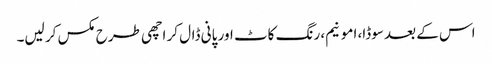
اس کے بعد سوڈا، امونیم، رنگ کاٹ اور پانی ڈال کر اچھی طرح مکس کر لیں۔